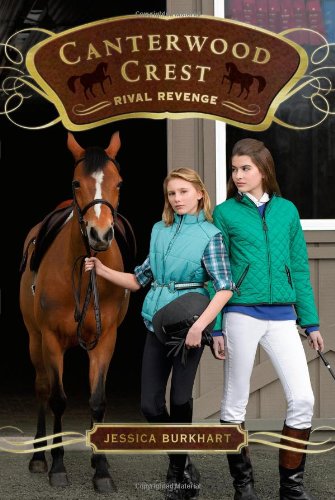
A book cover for Rival Revenge (Canterwood Crest); Jessica Burkhart; Children's Books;